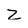
Character: Z